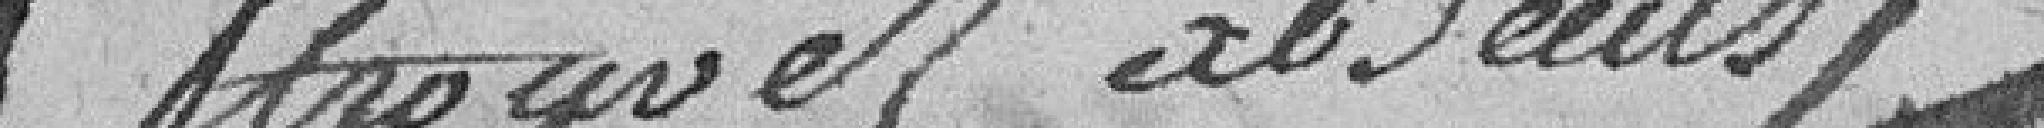
trouvés absents